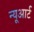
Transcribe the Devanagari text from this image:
न्यूआर्ट